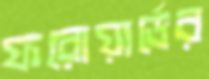
ফরোয়ার্ডের